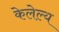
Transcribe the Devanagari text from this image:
केलेल्य